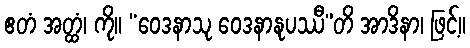
ဧတံ အတ္ထံ၊ ကို။ “ဝေဒနာသု ဝေဒနာနုပဿီ”တိ အာဒိနာ၊ ဖြင့်။